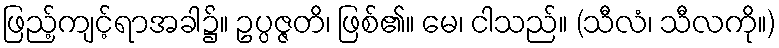
ဖြည့်ကျင့်ရာအခါ၌။ ဥပ္ပဇ္ဇတိ၊ ဖြစ်၏။ မေ၊ ငါသည်။ (သီလံ၊ သီလကို။)